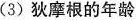
(3)狄摩根的年龄